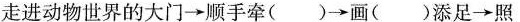
走进动物世界的大门→顺手牵()→画()添足→照